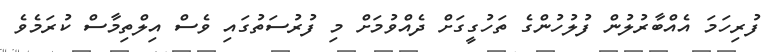
ފުރިހަމަ އެއްބާރުލުން ފުލުހުންގެ ތަހުގީގަށް ދެއްވުމަށް މި ފުރުސަތުގައި ވެސް އިލްތިމާސް ކުރަމެވެ